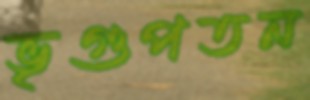
ভৃগুপতন